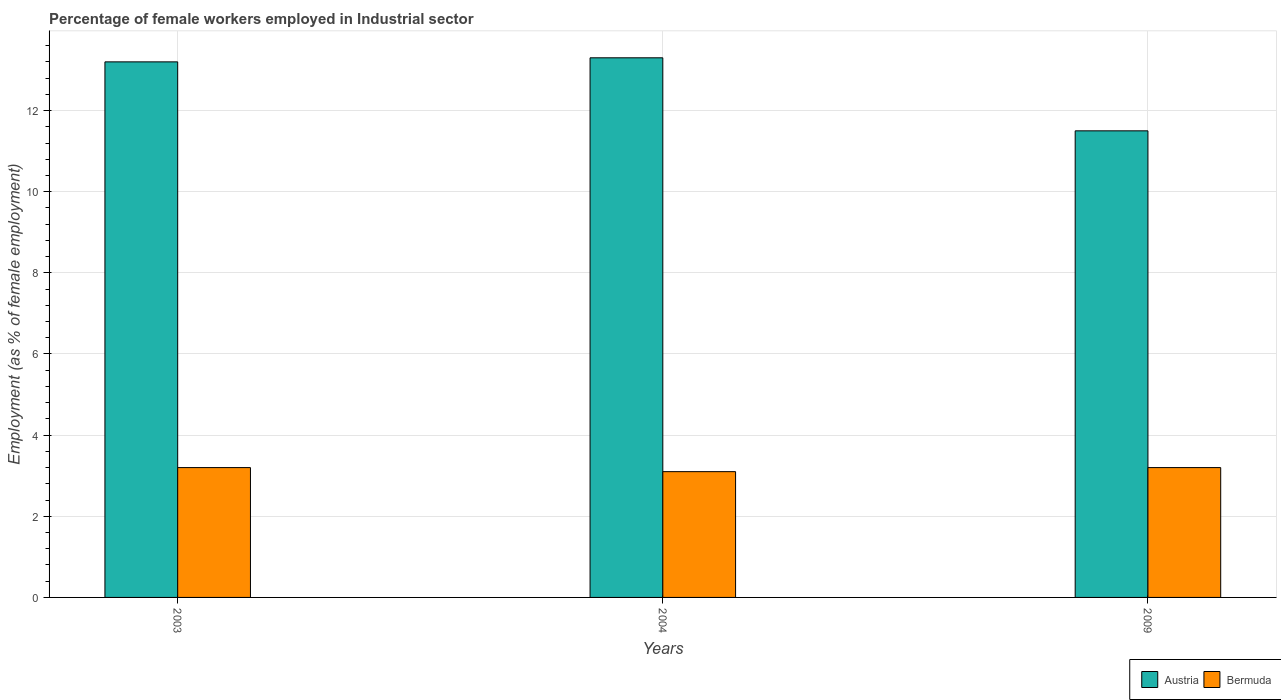
| Years | Austria | Bermuda |
 | --- | --- | --- |
 | 2003 | 13.2 | 3.2 |
 | 2004 | 13.3 | 3.1 |
 | 2009 | 11.5 | 3.2 |